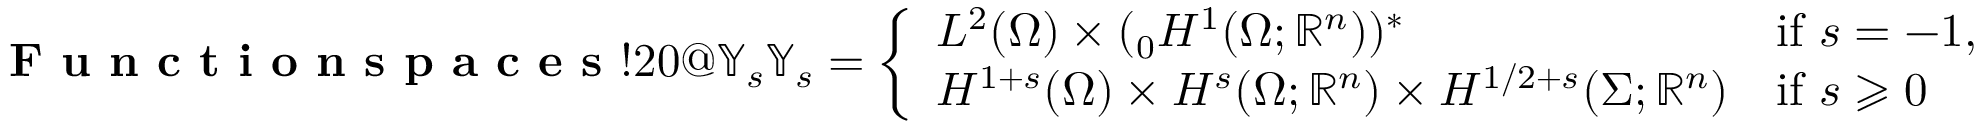
\index { \textbf { F u n c t i o n s p a c e s } ! 2 0 @ \mathbb { Y } _ { s } } \mathbb { Y } _ { s } = \left\{ \begin{array} { l l } { L ^ { 2 } ( \Omega ) \times ( { _ 0 } H ^ { 1 } ( \Omega ; \mathbb { R } ^ { n } ) ) ^ { \ast } } & { \mathrm { i f ~ } s = - 1 , } \\ { H ^ { 1 + s } ( \Omega ) \times H ^ { s } ( \Omega ; \mathbb { R } ^ { n } ) \times H ^ { 1 / 2 + s } ( \Sigma ; \mathbb { R } ^ { n } ) } & { \mathrm { i f ~ } s \geqslant 0 } \end{array} \right.